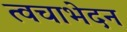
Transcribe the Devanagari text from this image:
त्वचाभेदन